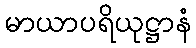
မာယာပရိယုဋ္ဌာနံ